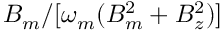
B _ { m } / [ \omega _ { m } ( B _ { m } ^ { 2 } + B _ { z } ^ { 2 } ) ]